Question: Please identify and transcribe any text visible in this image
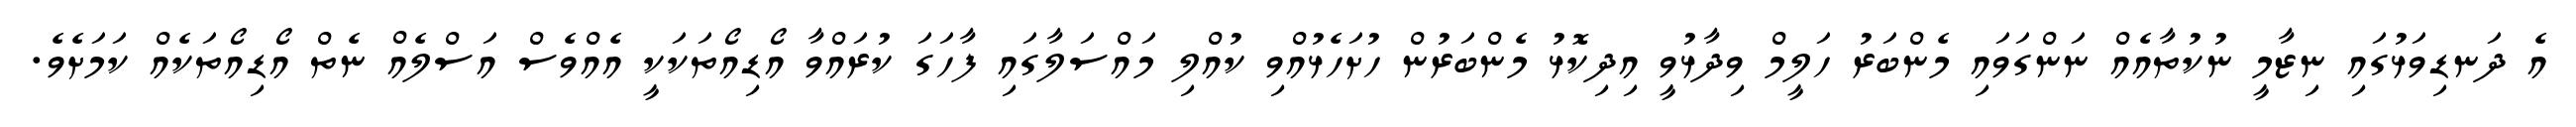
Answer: އެ ދަނޑިވަޅުގައި ނިޒާމީ ނުކުތާއެއް ނަންގަވައި މެންބަރު ހަލީމް ވިދާޅުވީ އިދިކޮޅު މެންބަރުން ހުށަހެޅުއްވި ކުއްލި މައްސަލާގައި ފާހަގަ ކުރައްވާ އޯޑިއޯތަކަކީ އެއްވެސް އަސްލެއް ނެތް އޯޑިއޯތަކެއް ކަމަށެވެ.